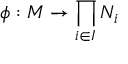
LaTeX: \phi : M \to \prod _ { i \in I } N _ { i }